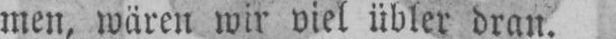
men, wären wir viel übler dran.